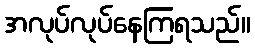
အလုပ်လုပ်နေကြရသည်။